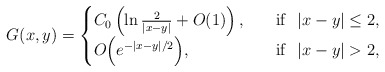
\begin{align*}G(x,y) =\begin{cases}C_0\left( \ln \frac{2}{|x-y|}+O(1) \right),\quad&\mathrm{if} \ \ |x-y|\le 2,\\O\Big(e^{-|x-y|/2}\Big), &\mathrm{if} \ \ |x-y|>2,\\\end{cases}\end{align*}